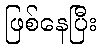
ဖြစ်နေပြီး